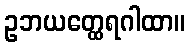
ဥဘယတ္ထေရဂါထာ။